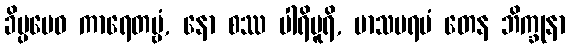
ခိပ္ပမေဝ ကာရေတဗ္ဗံ, နော စဿ ပါရိပူရိ, မာသပရမံ တေန ဘိက္ခုနာ